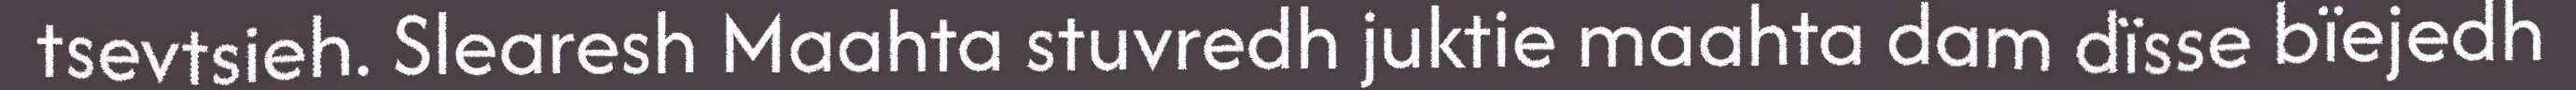
tsevtsieh. Slearesh Maahta stuvredh juktie maahta dam dïsse bïejedh